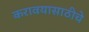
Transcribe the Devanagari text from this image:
करावयासाठीचे